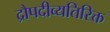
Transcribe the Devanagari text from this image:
द्रौपदीव्यतिरिक्त